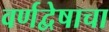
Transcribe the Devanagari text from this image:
वर्णद्वेषाचा